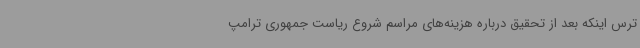
ترس اینکه بعد از تحقیق درباره هزینه‌های مراسم شروع ریاست جمهوری ترامپ